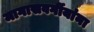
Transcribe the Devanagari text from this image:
मागासवर्गीयांना